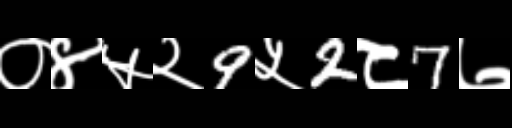
Text: ०४५२9५2८7७